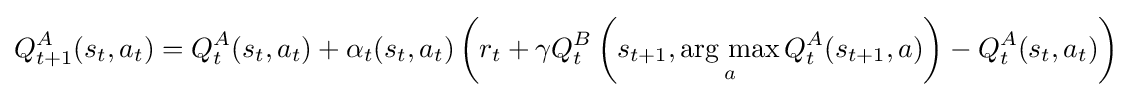
Q_{t+1}^{A}(s_{t},a_{t})=Q_{t}^{A}(s_{t},a_{t})+\alpha _{t}(s_{t},a_{t})\left(r_{t}+\gamma Q_{t}^{B}\left(s_{t+1},\mathop {\operatorname {arg~max} } _{a}Q_{t}^{A}(s_{t+1},a)\right)-Q_{t}^{A}(s_{t},a_{t})\right)